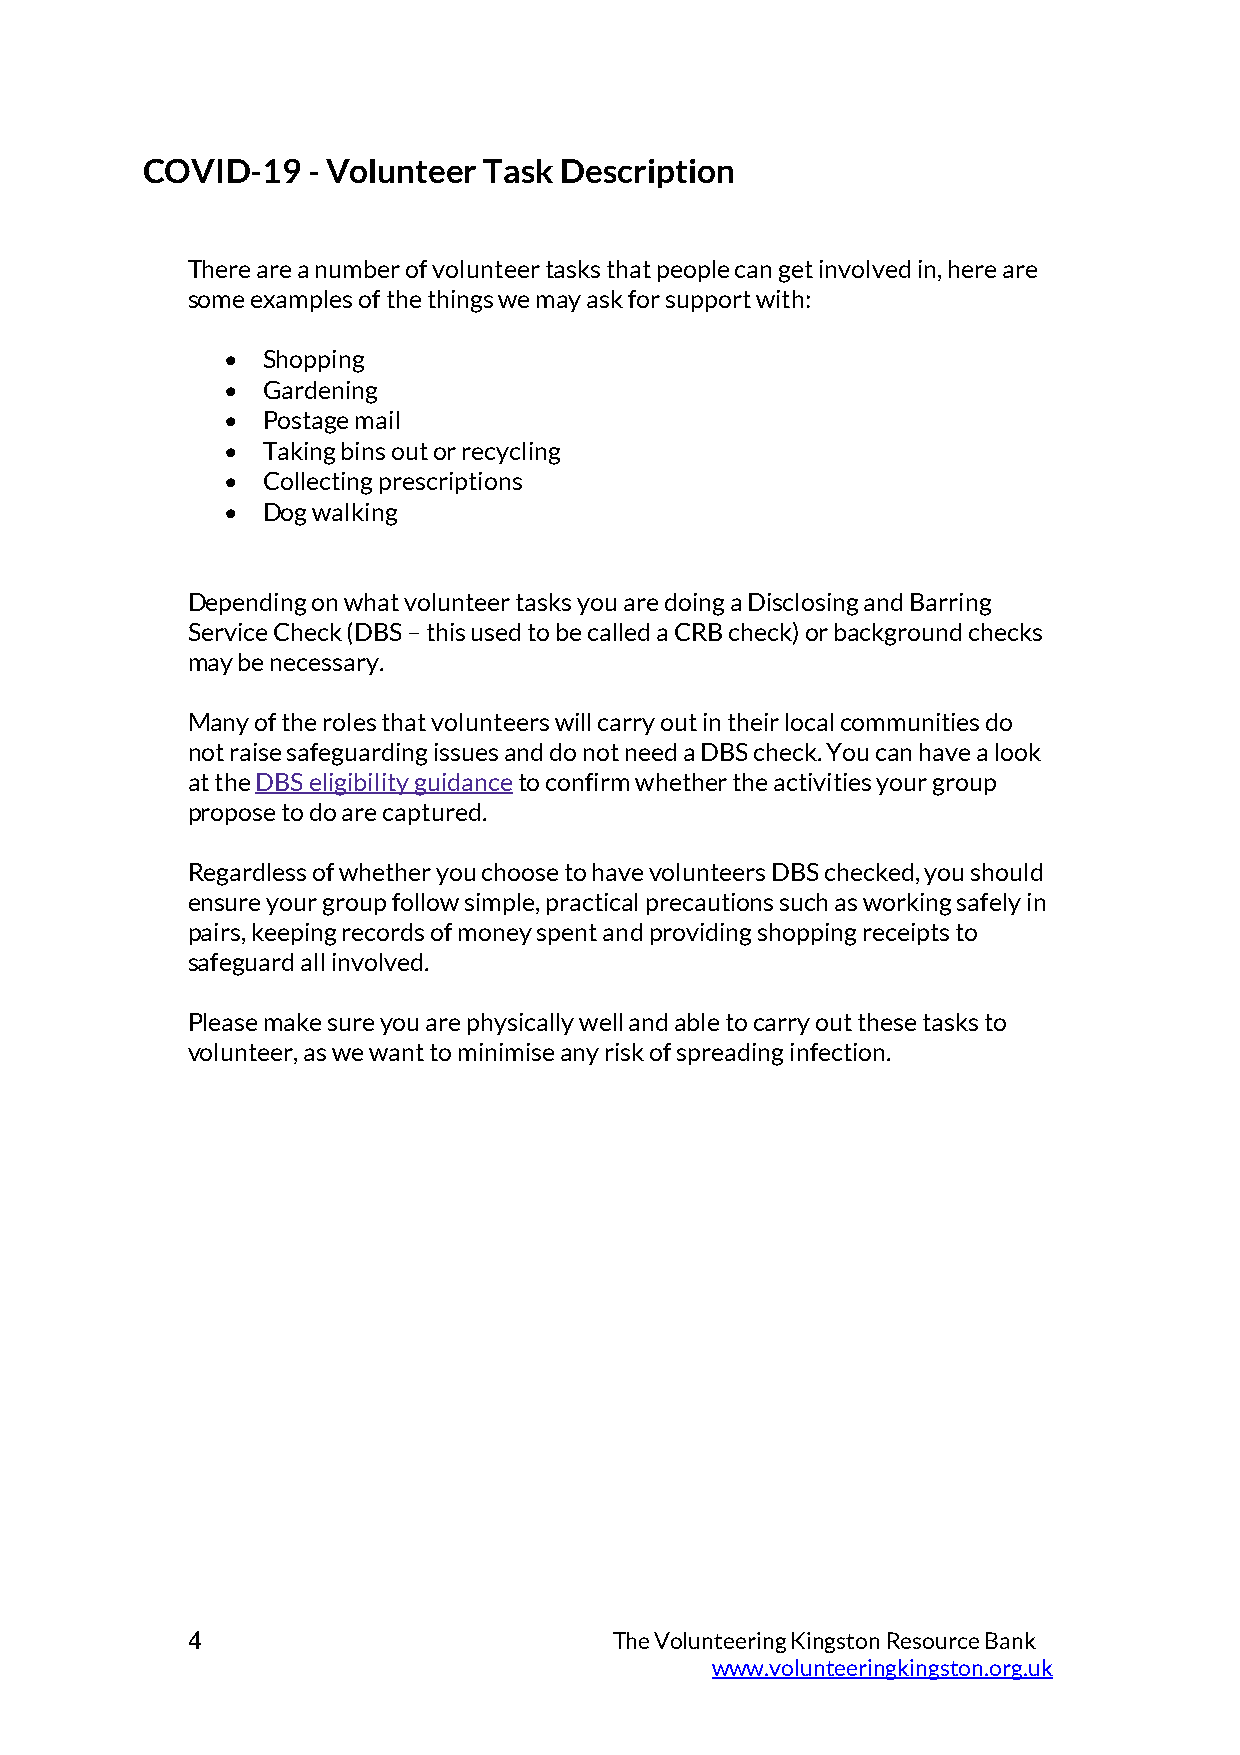
COVID-19   - Volunteer Task Description
 There are a number of volunteer tasks that people can get involved in, here are
 some examples of the things we may ask for support with:
  Shopping
  Gardening
  Postage mail
  Taking bins out or recycling
  Collecting prescriptions
  Dog walking
 Depending on what volunteer tasks you are doing a Disclosing and Barring
 Service Check (DBS – this used to be called a CRB check) or background checks
 may be necessary.
 Many of the roles that volunteers will carry out in their local communities do
 not raise safeguarding issues and do not need a DBS check. You can have a look
 at the DBS eligibility guidance to confirm whether the activities your group
 propose to do are captured.
 Regardless of whether you choose to have volunteers DBS checked, you should
 ensure your group follow simple, practical precautions such as working safely in
 pairs, keeping records of money spent and providing shopping receipts to
 safeguard all involved.
 Please make sure you are physically well and able to carry out these tasks to
 volunteer, as we want to minimise any risk of spreading infection.
 4                            The Volunteering Kingston Resource Bank
 www.volunteeringkingston.org.uk